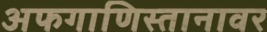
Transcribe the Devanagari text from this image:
अफगाणिस्तानावर